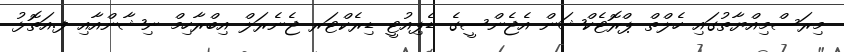
މިރަސްމިއްޔާތުގައި ހެލްތް ޕްރޮޓެކްޝަން އެޖެންސީގެ ޑެޕިއުޓީ ޑިރެކްޓަރ ޖެނެރަލް އިބްރާހިމް ނިޝާންއާއި ފ.އަތޮޅު